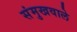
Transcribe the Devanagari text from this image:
संमुखवाले